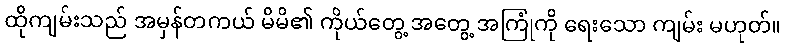
ထိုကျမ်းသည် အမှန်တကယ် မိမိ၏ ကိုယ်တွေ့ အတွေ့ အကြုံကို ရေးသော ကျမ်း မဟုတ်။